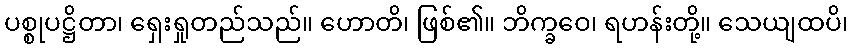
ပစ္စုပဋ္ဌိတာ၊ ရှေးရှုတည်သည်။ ဟောတိ၊ ဖြစ်၏။ ဘိက္ခဝေ၊ ရဟန်းတို့။ သေယျထပိ၊